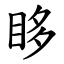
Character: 眵